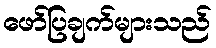
ဖော်ပြချက်များသည်